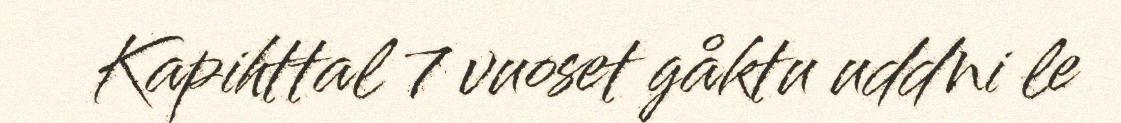
Kapihttal 7 vuoset gåktu uddni le